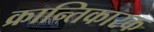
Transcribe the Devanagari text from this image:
क्रान्तिकारक